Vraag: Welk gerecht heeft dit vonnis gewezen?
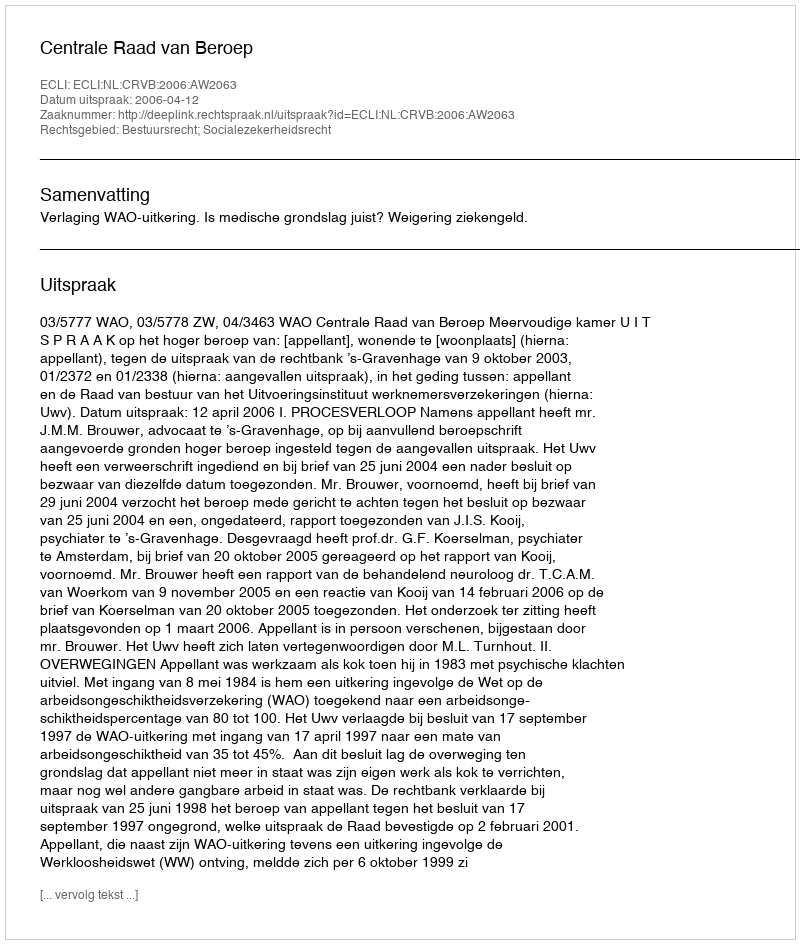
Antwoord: Centrale Raad van Beroep